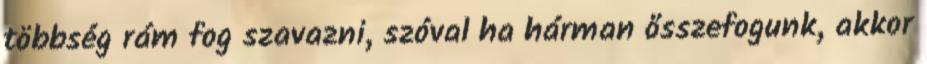
többség rám fog szavazni, szóval ha hárman ősszefogunk, akkor